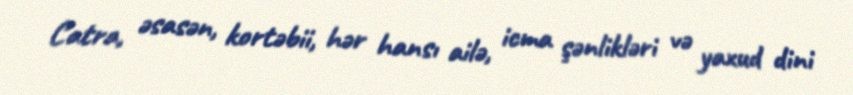
Catra, əsasən, kortəbii, hər hansı ailə, icma şənlikləri və yaxud dini